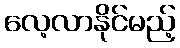
လေ့လာနိုင်မည့်